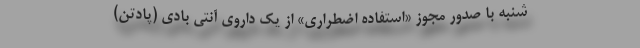
شنبه با صدور مجوز «استفاده اضطراری» از یک داروی آنتی بادی (پادتن)